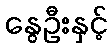
နွေဦးနှင့်